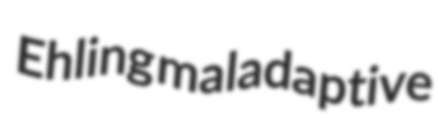
Ehling maladaptive